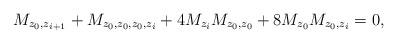
LaTeX: \begin{align*}M_{z_0,z_{i+1}}+M_{z_0,z_0,z_0,z_i}+4M_{z_i}M_{z_0,z_0}+8M_{z_0}M_{z_0,z_i}=0, \end{align*}